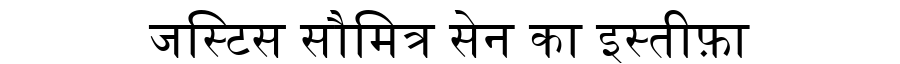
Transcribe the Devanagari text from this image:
जस्टिस सौमित्र सेन का इस्तीफ़ा